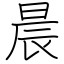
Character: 晨